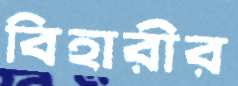
বিহারীর